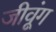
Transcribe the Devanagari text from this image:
जीवूंग